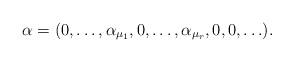
LaTeX: \begin{align*}\alpha=(0,\ldots,\alpha_{\mu_1},0,\ldots,\alpha_{\mu_r},0,0,\ldots).\end{align*}